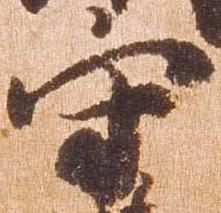
守